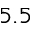
5 . 5